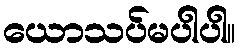
ယောသပ်မပါပါ။